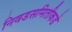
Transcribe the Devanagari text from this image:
निवडसमितीकडे